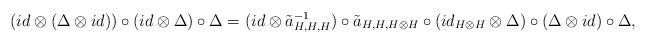
LaTeX: \begin{align*}(id\otimes(\Delta\otimes id))\circ(id\otimes\Delta)\circ\Delta=(id\otimes\tilde{a}^{-1}_{H,H,H})\circ\tilde{a}_{H,H,H\otimes H}\circ(id_{H\otimes H}\otimes\Delta)\circ(\Delta\otimes id)\circ\Delta,\end{align*}